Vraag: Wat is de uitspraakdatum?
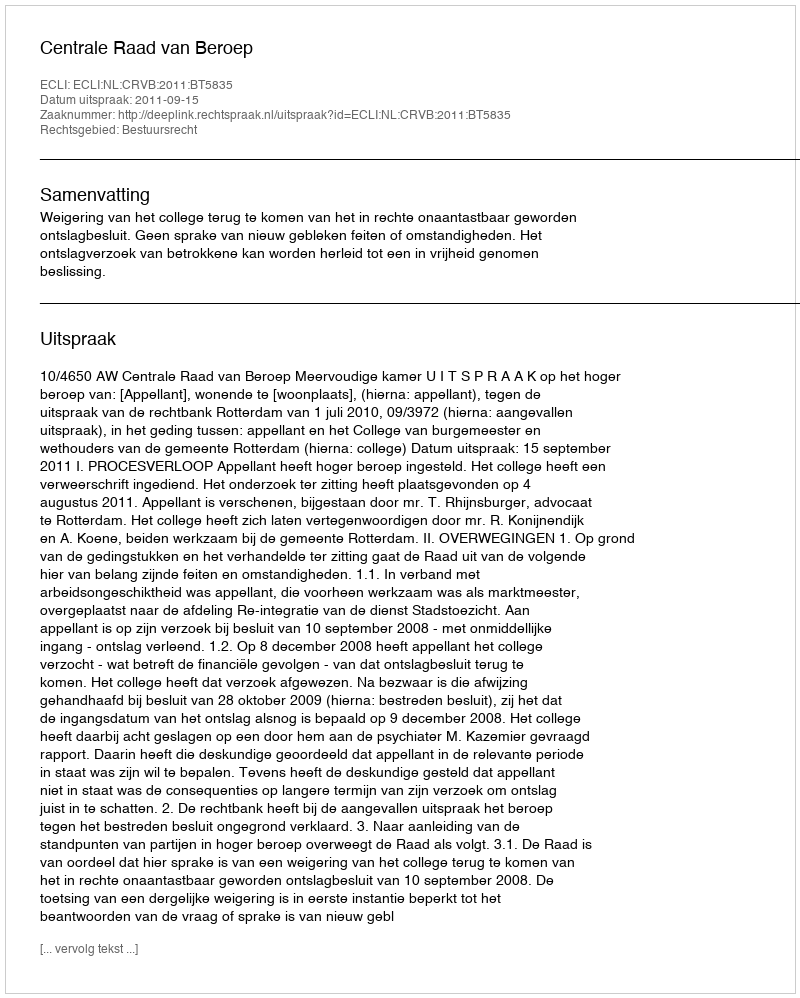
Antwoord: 2011-09-15